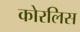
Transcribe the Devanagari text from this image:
कोरलिस